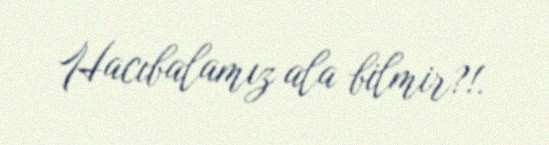
Hacıbalamız ala bilmir?!.